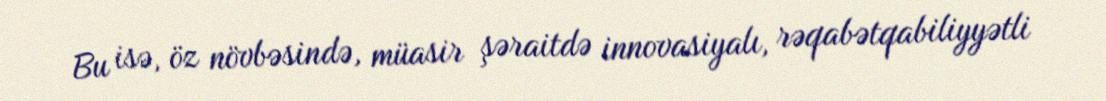
Bu isə, öz növbəsində, müasir şəraitdə innovasiyalı, rəqabətqabiliyyətli